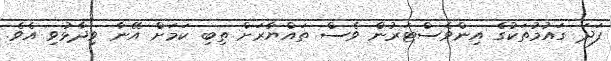
ފަދަ ގައުމުތަކުގެ އިންވެސްޓަރުން ވެސް ތައްޔާރަށް ތިބި ކަމަށް އޭނާ ވިދާޅުވި އެވެ.